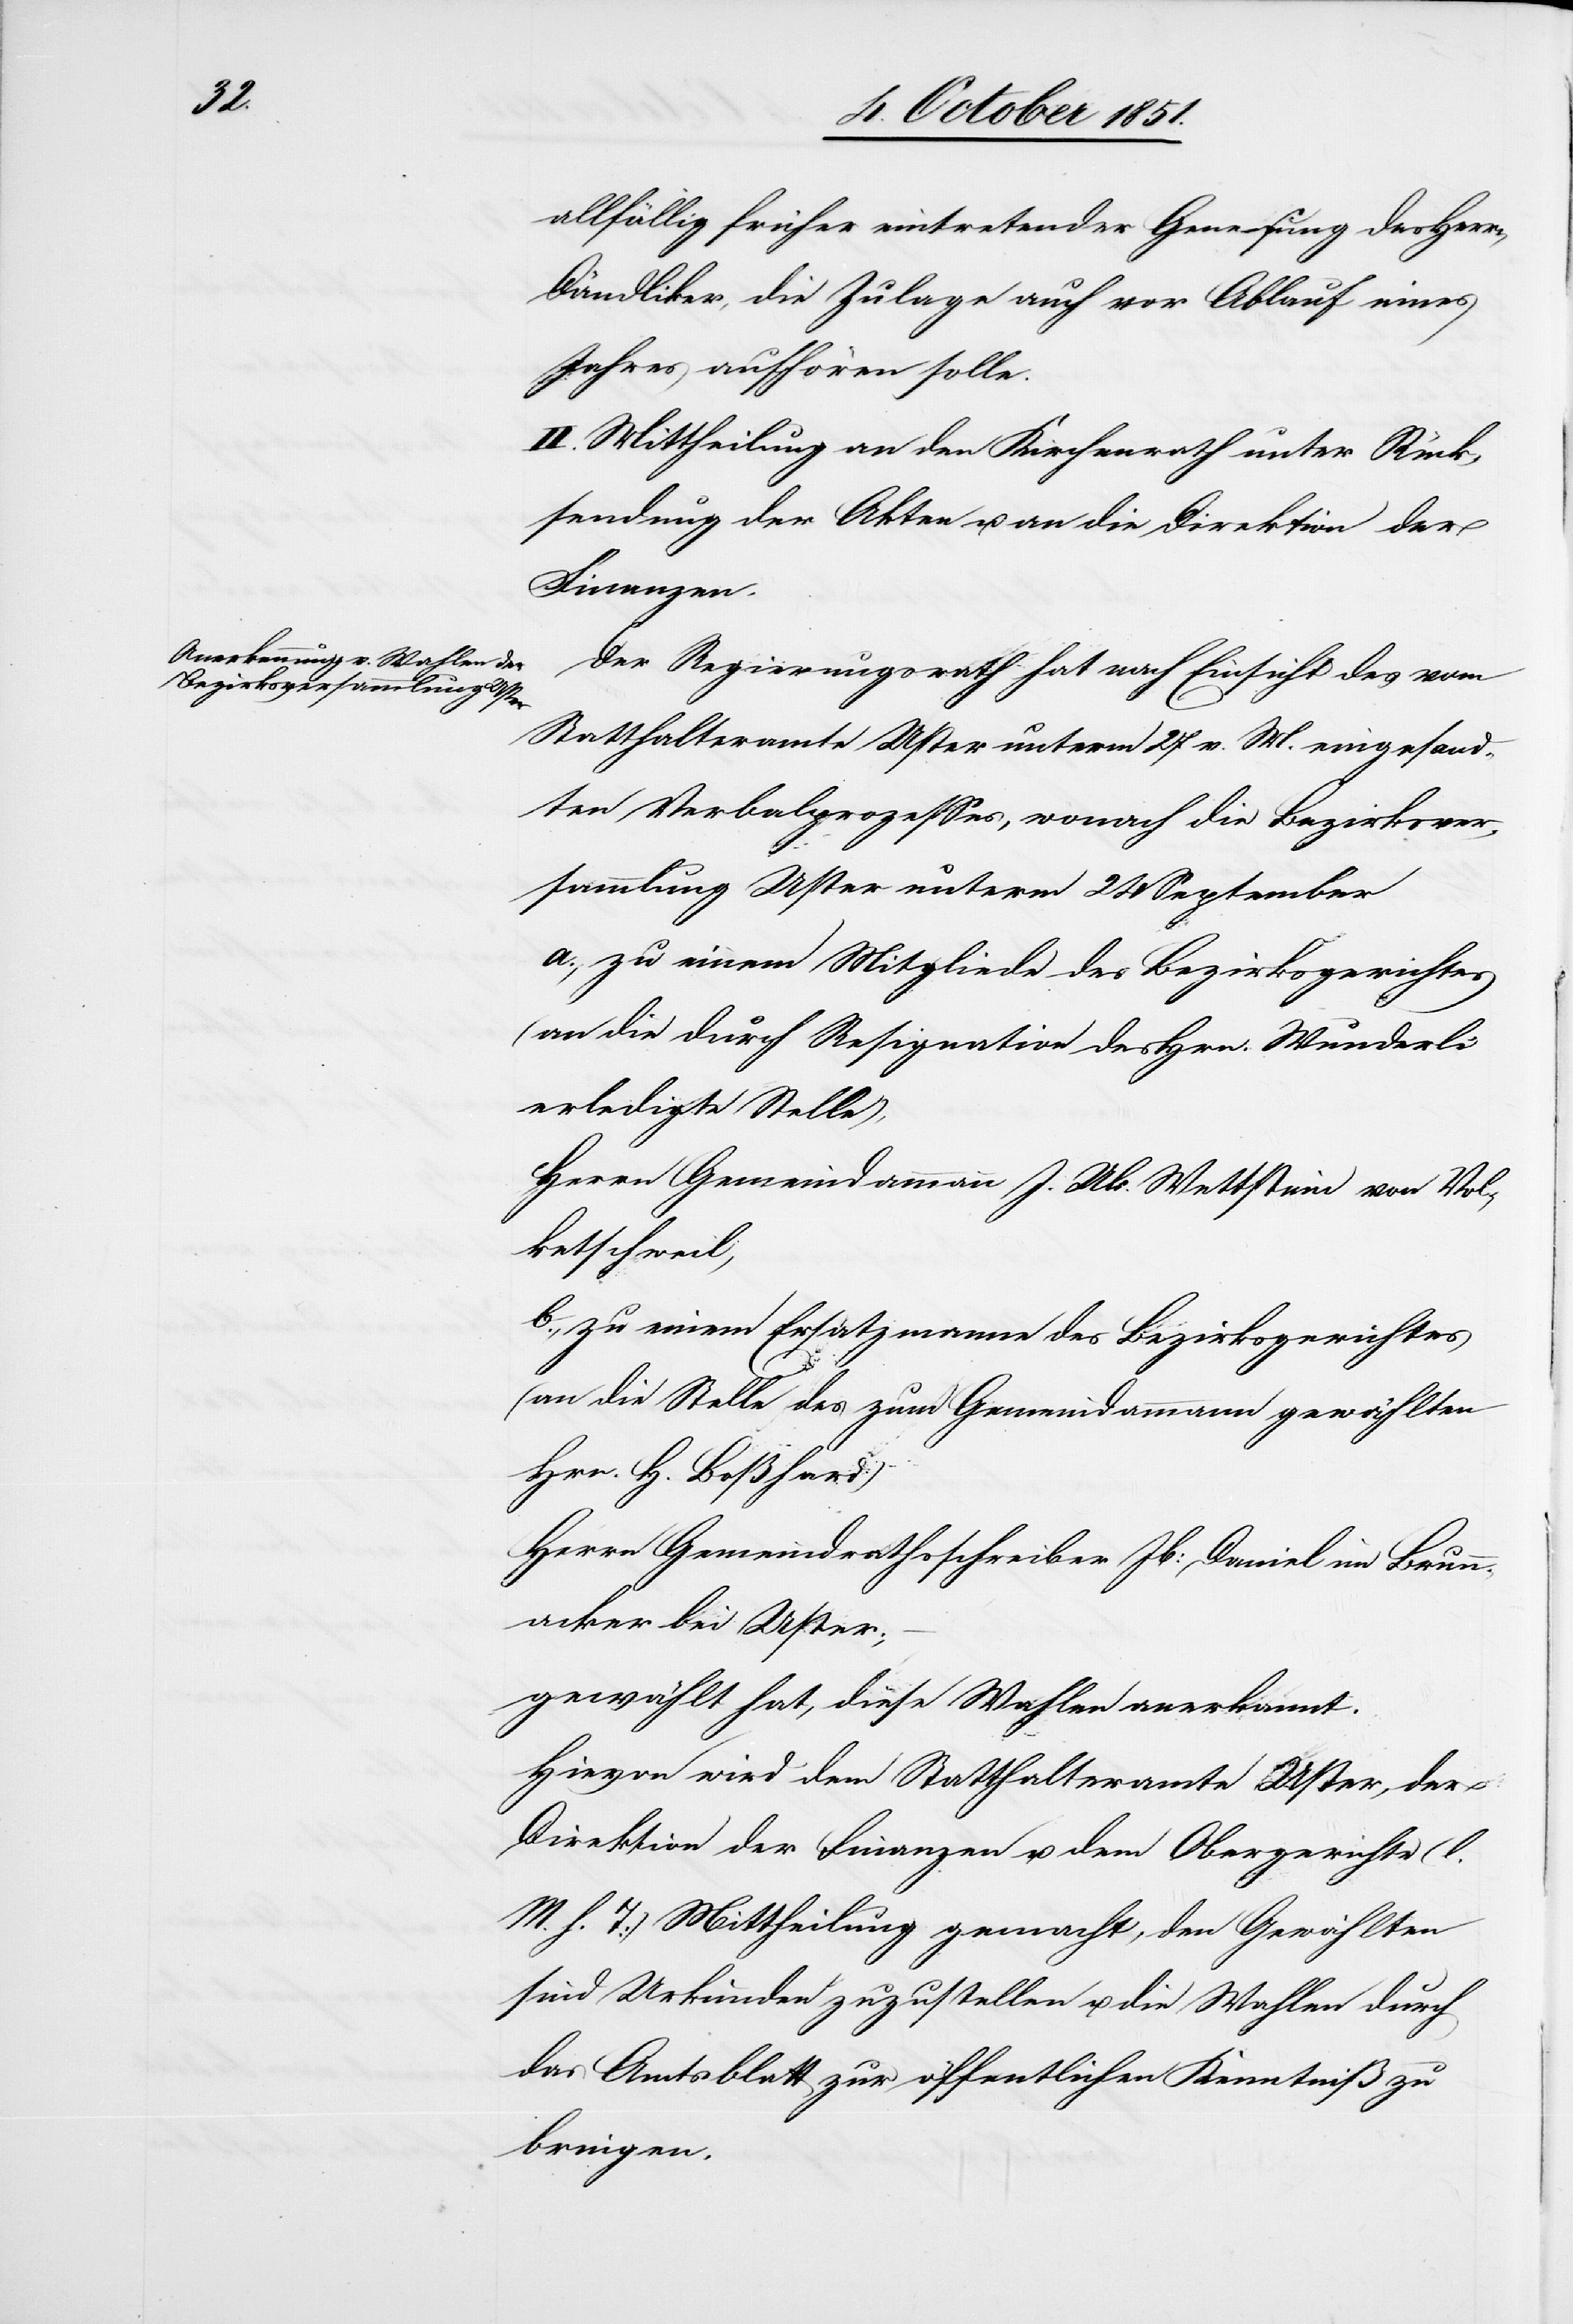
allfällig früher eintretender Genesung des Herrn
Dändliker, die Zulage auch vor Ablauf eines
Jahres aufhören solle.
II. Mittheilung an den Kirchenrath unter Rück¬
sendung der Akten u. an die Direktion der
Finanzen.
Der Regierungsrath hat nach Einsicht des vom
Statthalteramte Uster unterm 27 v. M. eingesand¬
ten Verbalprozesses, wonach die Bezirksver¬
sammlung Uster unterm 24 September
a., zu einem Mitgliede des Bezirksgerichtes
(an die durch Resignation des Hrn. Wunderli
erledigte Stelle),
Herrn Gemeindammann J. Ulr. Wettstein von Vol¬
ketschweil,
b., zu einem Ersatzmanne des Bezirksgerichtes
(an die Stelle des zum Gemeindammann gewählten
Hrn. H. Boßhard)
Herrn Gemeindrathsschreiber Jb: Daniel im Brunn¬
acker bei Uster;
gewählt hat, diese Wahlen anerkannt.
Hievon wird dem Statthalteramte Uster, der
Direktion der Finanzen u. dem Obergerichte (l.
M. h. T) Mittheilung gemacht, den Gewählten
sind Urkunden zuzustellen u. die Wahlen durch
das Amtsblatt zur öffentlichen Kenntniß zu
bringen.